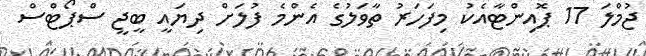
ޖުމްލަ 17 ޕޮއިންޓާއެކު މިފަހަރު ތާވަލުގެ އެންމެ ފުލަށް ދިޔައީ ބީޖީ ސްޕޯޓްސް